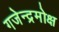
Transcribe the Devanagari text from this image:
गजेन्द्रमोक्ष